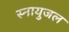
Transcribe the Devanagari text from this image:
स्नायुजल